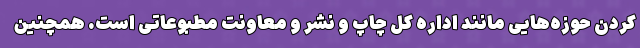
کردن حوزه‌هایی مانند اداره کل چاپ و نشر و معاونت مطبوعاتی است. همچنین